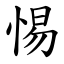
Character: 惕